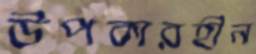
উপকারহীন